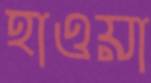
হাওয়া